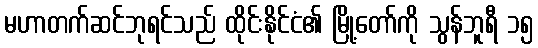
မဟာတက်ဆင်ဘုရင်သည် ထိုင်းနိုင်ငံ၏ မြို့တော်ကို သွန်ဘူရီ ၁၅